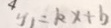
4 y _ { 1 } = k x + b